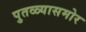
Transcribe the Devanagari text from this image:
पुतळ्यासमोर